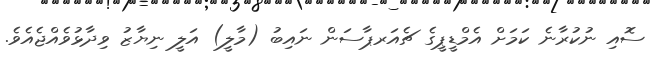
ސޮއި ނުކުރާނެ ކަމަށް އެމްޑީޕީގެ ޗެއަރޕާސަން ނައިބު (މާލީ) އަލީ ނިޔާޒު ވިދާޅުވެއްޖެއެވެ.